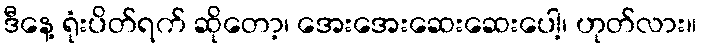
ဒီနေ့ ရုံးပိတ်ရက် ဆိုတော့၊ အေးအေးဆေးဆေးပေါ့၊ ဟုတ်လား။